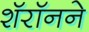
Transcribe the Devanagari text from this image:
शॅरॉनने